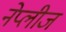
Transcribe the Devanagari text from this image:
नेप्लीज